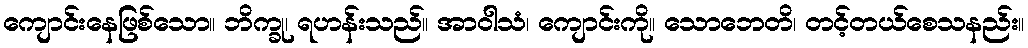
ကျောင်းနေဖြစ်သော။ ဘိက္ခု၊ ရဟန်းသည်။ အာဝါသံ၊ ကျောင်းကို။ သောဘေတိ၊ တင့်တယ်စေသနည်း။